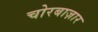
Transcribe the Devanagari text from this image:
चोरबाज़ार